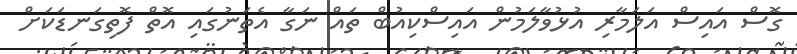
ގޮސް އައިސް އަލަމާރި އުޅުވާލަމުން އައިސްކިއުބް ތައް ނަގާ އެތަނުގައި އޮތް ފޮތިގަނޑަކަށް